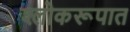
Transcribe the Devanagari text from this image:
श्लोकरूपात